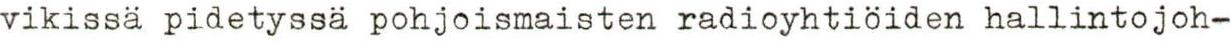
vikissä pidetyssä pohjoismaisten radioyhtiöiden hallintojoh-